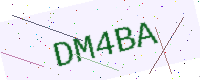
Text: DM4BA